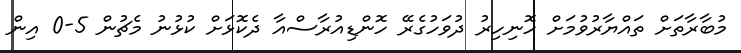
މުބާރާތަށް ތައްޔާރުވުމަށް ހޮނިހިރު ދުވަހުގެރޭ ހޮންޑިއުރާސްއާ ދެކޮޅަށް ކުޅުނު މެޗުން 5-0 އިން